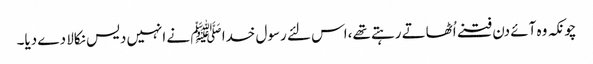
چونکہ وہ آئے دن فتنے اُٹھاتے رہتے تھے،اس لئے رسول خدا ﷺ نے انہیں دیس نکالا دے دیا۔